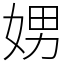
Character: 娚